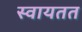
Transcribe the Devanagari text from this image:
स्वायतत